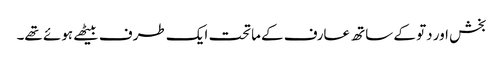
بخش اور دتو کے ساتھ عارف کے ماتحت ایک طرف بیٹھے ہوئے تھے۔